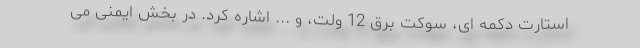
استارت دکمه ای، سوکت برق 12 ولت، و ... اشاره کرد. در بخش ایمنی می